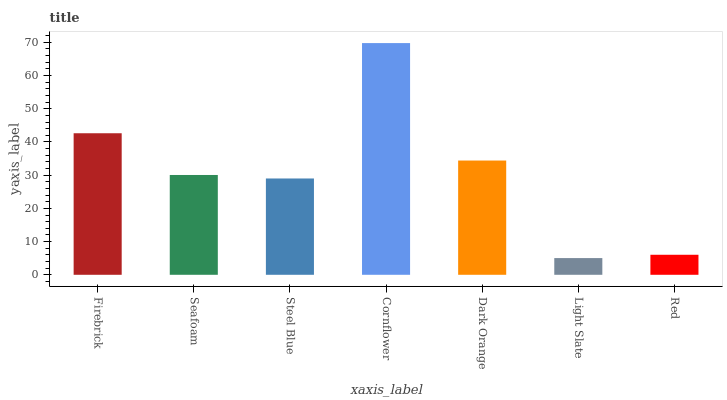
| xaxis_label | bars |
 | --- | --- |
 | Firebrick | 42.6 |
 | Seafoam | 30.1 |
 | Steel Blue | 29 |
 | Cornflower | 69.8 |
 | Dark Orange | 34.4 |
 | Light Slate | 5.03 |
 | Red | 6.03 |